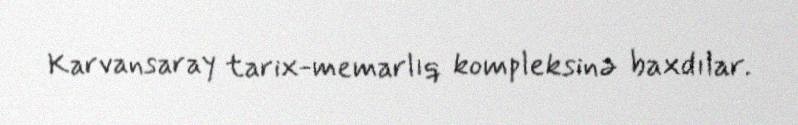
Karvansaray tarix-memarlıq kompleksinə baxdılar.